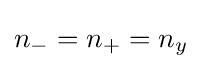
{\textstyle n_{-}=n_{+}=n_{y}}